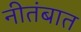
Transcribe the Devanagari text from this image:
नीतंबात